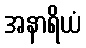
အနာရိယံ